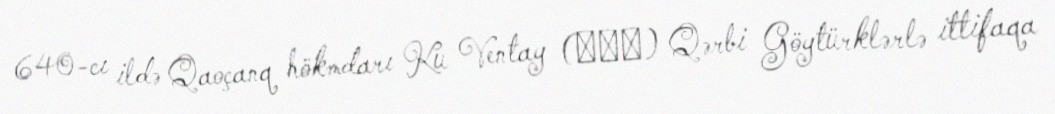
640-cı ildə Qaoçanq hökmdarı Ku Ventay (麴文泰) Qərbi Göytürklərlə ittifaqa